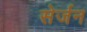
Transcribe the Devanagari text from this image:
सेर्जन